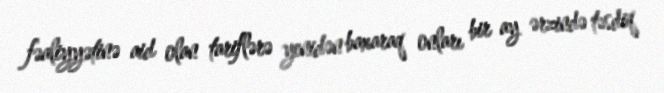
fəaliyyətinə aid olan tariflərə yenidən baxaraq onları bir ay ərzində təsdiq